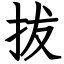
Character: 拔